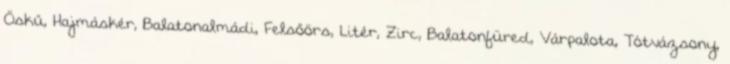
Öskű, Hajmáskér, Balatonalmádi, Felsőörs, Litér, Zirc, Balatonfüred, Várpalota, Tótvázsony,